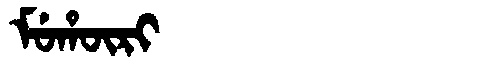
Manchu: ᠮᡠᡥᡡᡵᡳ
Romanization: MUHŪRI